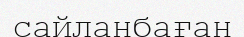
сайланбаған